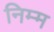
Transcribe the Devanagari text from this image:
निम्‍म